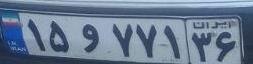
۱۵و۷۷۱۳۶